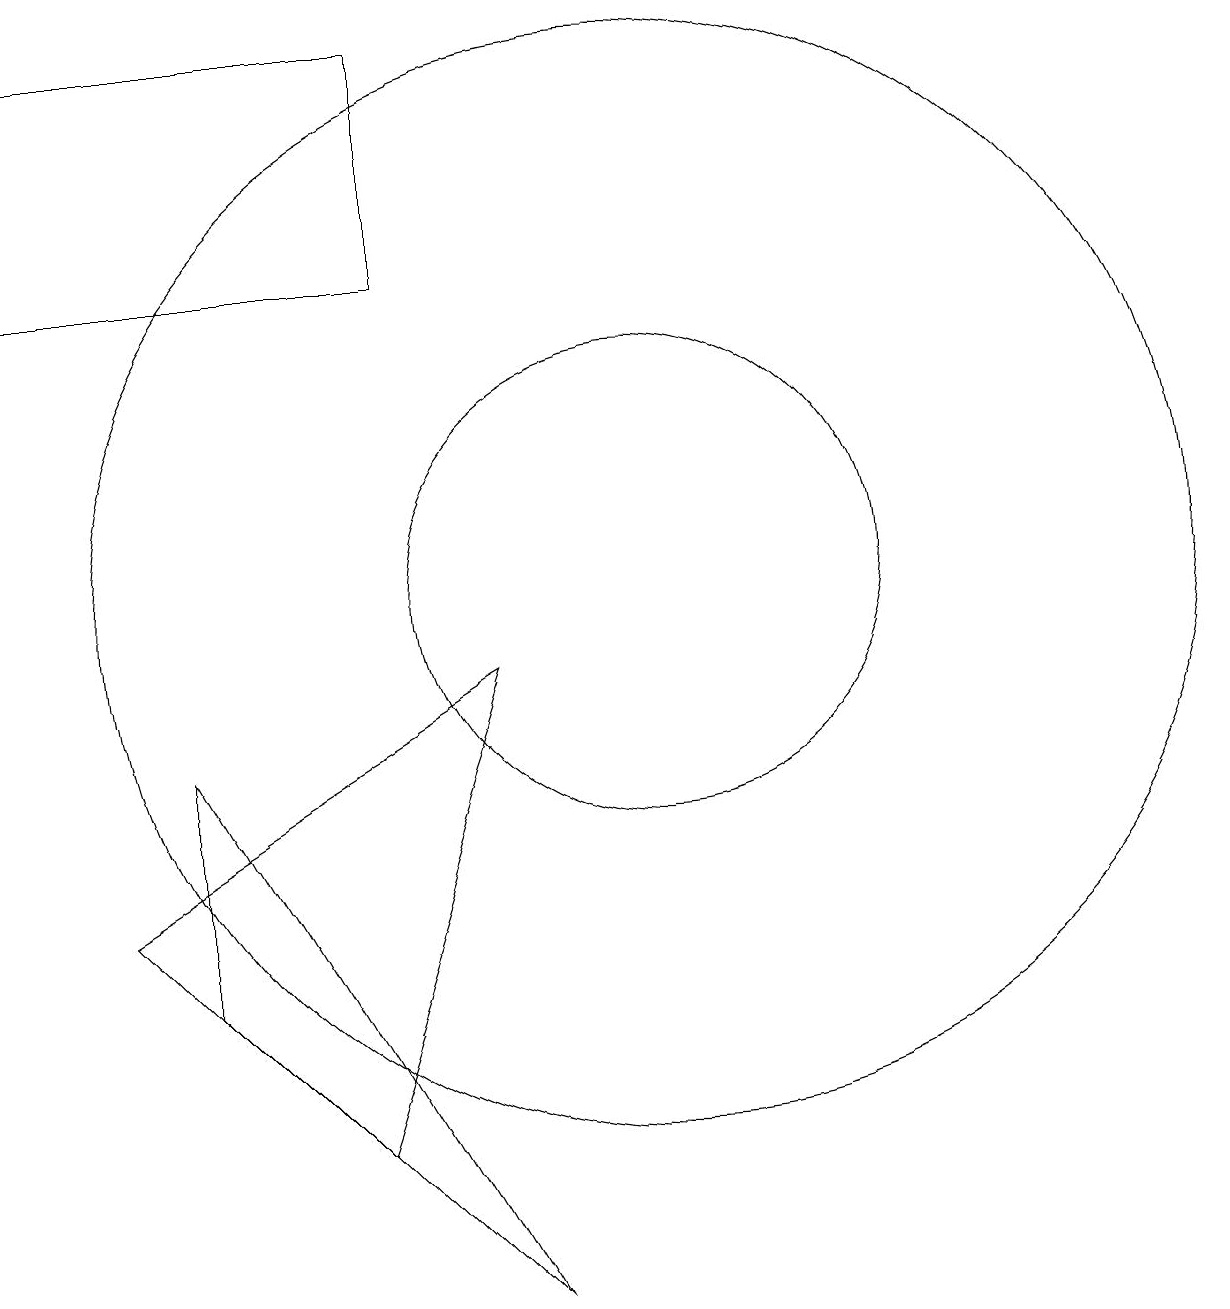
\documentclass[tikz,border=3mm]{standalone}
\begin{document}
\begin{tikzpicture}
\draw (2,14) rectangle (7,17);
\draw (10,10) circle (7);
\draw (10,10) circle (3);
\draw (8,9) -- (3,6) -- (6,3) -- cycle;
\draw (4,8) -- (4,5) -- (8,1) -- cycle;
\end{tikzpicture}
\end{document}